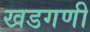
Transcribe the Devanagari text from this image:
खडगणी